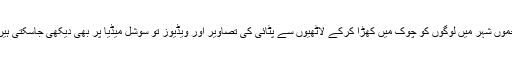
جموں شہر میں لوگوں کو چوک میں کھڑا کرکے لاٹھیوں سے پٹائی کی تصاویر اور ویڈیوز تو سوشل میڈیا پر بھی دیکھی جاسکتی ہیں۔